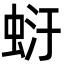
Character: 𧋂